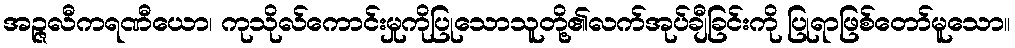
အဉ္ဇလီကရဏီယော၊ ကုသိုလ်ကောင်းမှုကိုပြုသောသူတို့၏လက်အုပ်ချီခြင်းကို ပြုရာဖြစ်တော်မူသော။